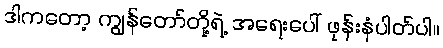
ဒါကတော့ ကျွန်တော်တို့ရဲ့ အရေးပေါ် ဖုန်းနံပါတ်ပါ။